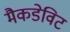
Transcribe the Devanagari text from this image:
मैकडेविट